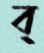
ব্